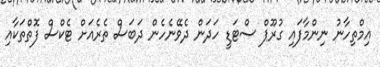
އިމްތިހާނު ނިންމާފައި ގުރޫޕް ސްޓަޑީ ހަދަން ދެވޭނެހެން ދަބަސް ތެރެއަށް ޓެކްސް ފޮތްތަކާއި